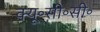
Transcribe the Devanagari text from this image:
क्यू॰सी॰सी॰